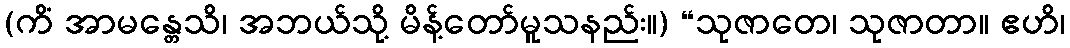
(ကိံ အာမန္တေသိ၊ အဘယ်သို့ မိန့်တော်မူသနည်း။) “သုဇာတေ၊ သုဇာတာ။ ဧဟိ၊